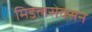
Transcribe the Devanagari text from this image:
मिडलसेक्सन